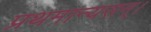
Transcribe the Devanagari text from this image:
प्रथमान्यसन्।